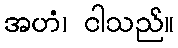
အဟံ၊ ငါသည်။